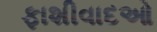
ફાશીવાદઓ